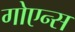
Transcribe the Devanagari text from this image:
गोएन्स